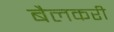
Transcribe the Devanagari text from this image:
बैलकरी